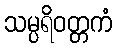
သမ္ပရိဝတ္တကံ